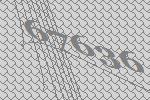
67636